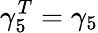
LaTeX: \gamma_{5}^{T}=\gamma_{5}